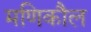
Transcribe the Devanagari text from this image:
मणिकौल